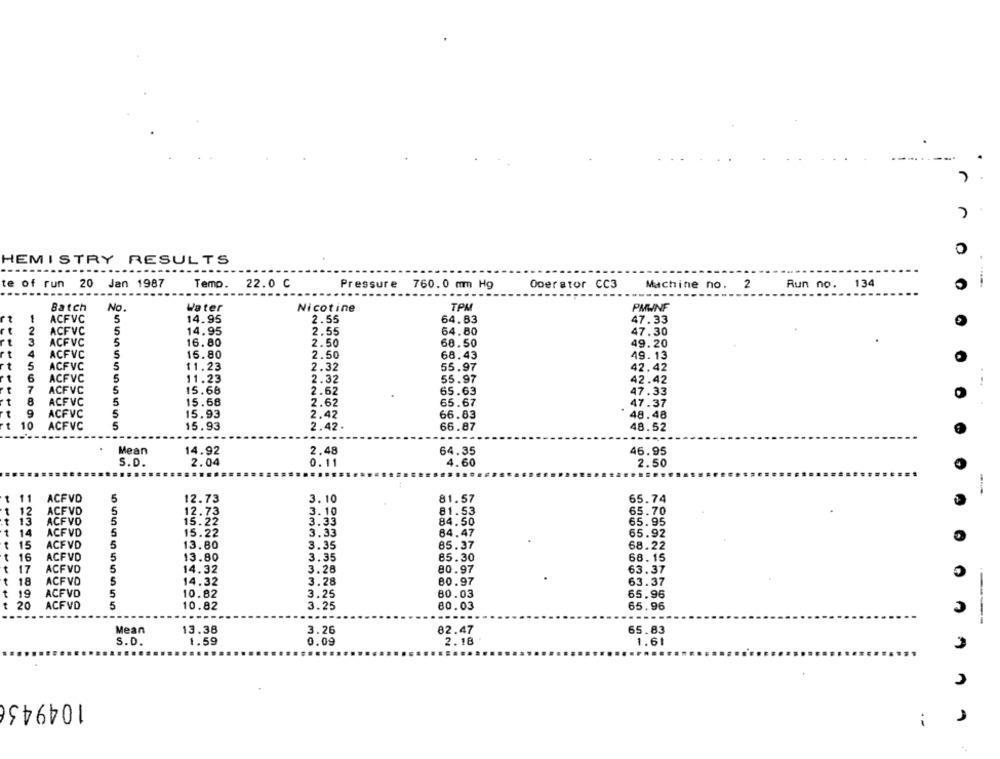
0
HEMISTRY RESULTS
te of run 20 Jan 1987
Temp.
22.0 C
Pressure 760.0 mm Hg
Operator CC3
Machine no. 2
Run no. 134
...
-------
Batch
No.
Water
Nicotine
TPM
PMWNF
1
ACFVC
5
14.95
2.55
64.63
47.33
2
ACFVC
5
14.95
2.55
64.80
47.30
3
ACFVC
16. 80
2.50
68.50
49.20
4
ACFVC
5
16.80
2.50
68.43
49.13
t
ACFVC
5
5
11.23
2.32
55.97
42.42
6
ACFVC
5
11.23
2.32
55.97
42.42
7
ACFVC
5
15.68
2.62
65.63
47.33
8
ACFVC
5
15.68
2.62
65.67
47.37
9
ACFVC
5
15.93
2.42
66.83
48.48
10
ACFVC
5
15.93
2.42.
66.87
48.52
Mean
14.92
2.48
64.35
46.95
S.D.
2.04
0.11
4.60
2.50
-
11
ACFVD
5
12.73
3.10
81.57
65.74
1
12
ACFVD
12.73
3.10
81.53
65.70
13
ACFVD
5
15.22
3.33
84.50
65.95
1
ACFVD
15.22
84.47
14
3.33
65.92
15
ACFVD
5
13.80
3.35
85.37
68.22
16
ACFVD
5
13.80
3.35
85.30
68.15
C
t
17
ACFVD
5
14.32
3.28
80.97
63. 37
t
18
ACFVD
14.32
3.28
80.97
63.37
t
19
ACFVD
5
10.82
3.25
80.03
65.96
t 20
ACFVD
5
10.82
3.25
80.03
65.96
Mean
13.38
3.26
82.47
65.83
S.D.
1.59
0.09
2.18
1.61
1049436
i